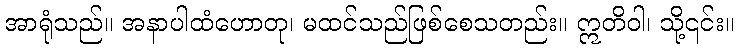
အာရုံသည်။ အနာပါထံဟောတု၊ မထင်သည်ဖြစ်စေသတည်း။ ဣတိဝါ၊ သို့၎င်း။